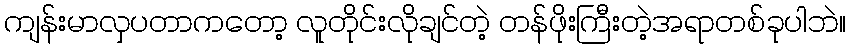
ကျန်းမာလှပတာကတော့ လူတိုင်းလိုချင်တဲ့ တန်ဖိုးကြီးတဲ့အရာတစ်ခုပါဘဲ။